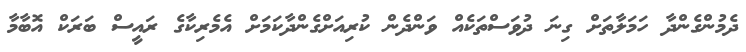
ދެމުންގެންދާ ހަމަލާތަށް ގިނަ ދުވަސްތަކެއް ވަންދެން ކުރިއަށްގެންދާކަމަށް އެމެރިކާގެ ރައީސް ބަރަކް އޮބާމާ